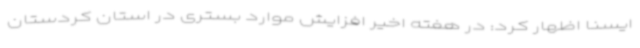
ایسنا اظهار کرد: در هفته اخیر افزایش موارد بستری در استان کردستان